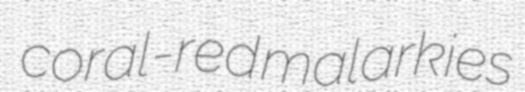
coral-red malarkies